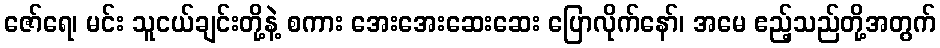
ဇော်ရေ၊ မင်း သူငယ်ချင်းတို့နဲ့ စကား အေးအေးဆေးဆေး ပြောလိုက်နော်၊ အမေ ဧည့်သည်တို့အတွက်